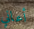
أعاني